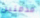
مدمنين